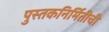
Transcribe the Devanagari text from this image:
पुस्तकनिर्मितीची